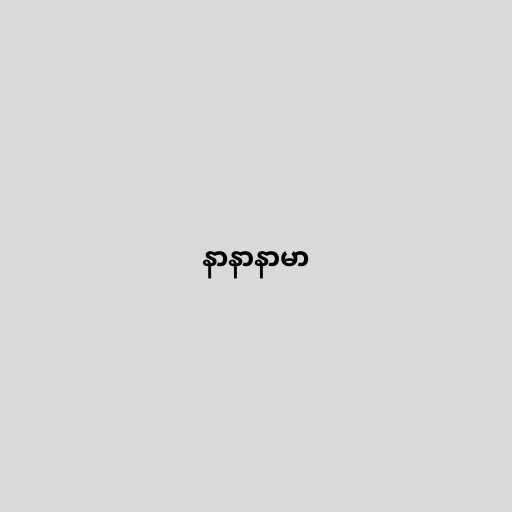
နာနာနာမာ